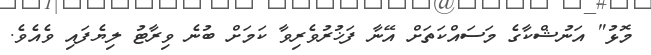
މޮޅު" އަނުޝްކާގެ މަސައްކަތަށް އޭނާ ފަޚުރުވެރިވާ ކަމަށް ބުނެ ވިރާޓު ލިޔެފައި ވެއެވެ.